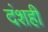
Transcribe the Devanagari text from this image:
दंशही